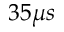
3 5 \mu s